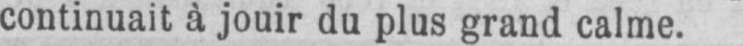
continuait à jouir du plus grand calme.